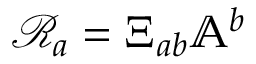
\mathcal { R } _ { a } = \Xi _ { a b } \mathbb { A } ^ { b }